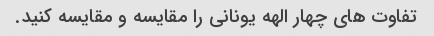
تفاوت های چهار الهه یونانی را مقایسه و مقایسه کنید.